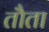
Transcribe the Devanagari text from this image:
तौता